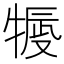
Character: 𤚿